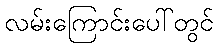
လမ်းကြောင်းပေါ်တွင်